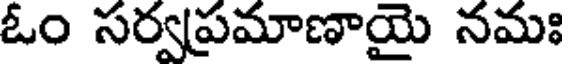
ఓం సర్వప్రమాణాయై నమః